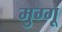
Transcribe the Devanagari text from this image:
मुग्गू